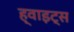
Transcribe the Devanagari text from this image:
ह्वाइट्स